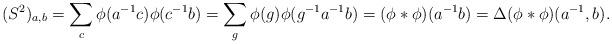
LaTeX: \begin{align*} (S^2)_{a,b}=\sum_c\phi(a^{-1}c)\phi(c^{-1}b)=\sum_g\phi(g)\phi(g^{-1}a^{-1}b)=(\phi*\phi)(a^{-1}b)=\Delta(\phi*\phi)(a^{-1},b).\end{align*}